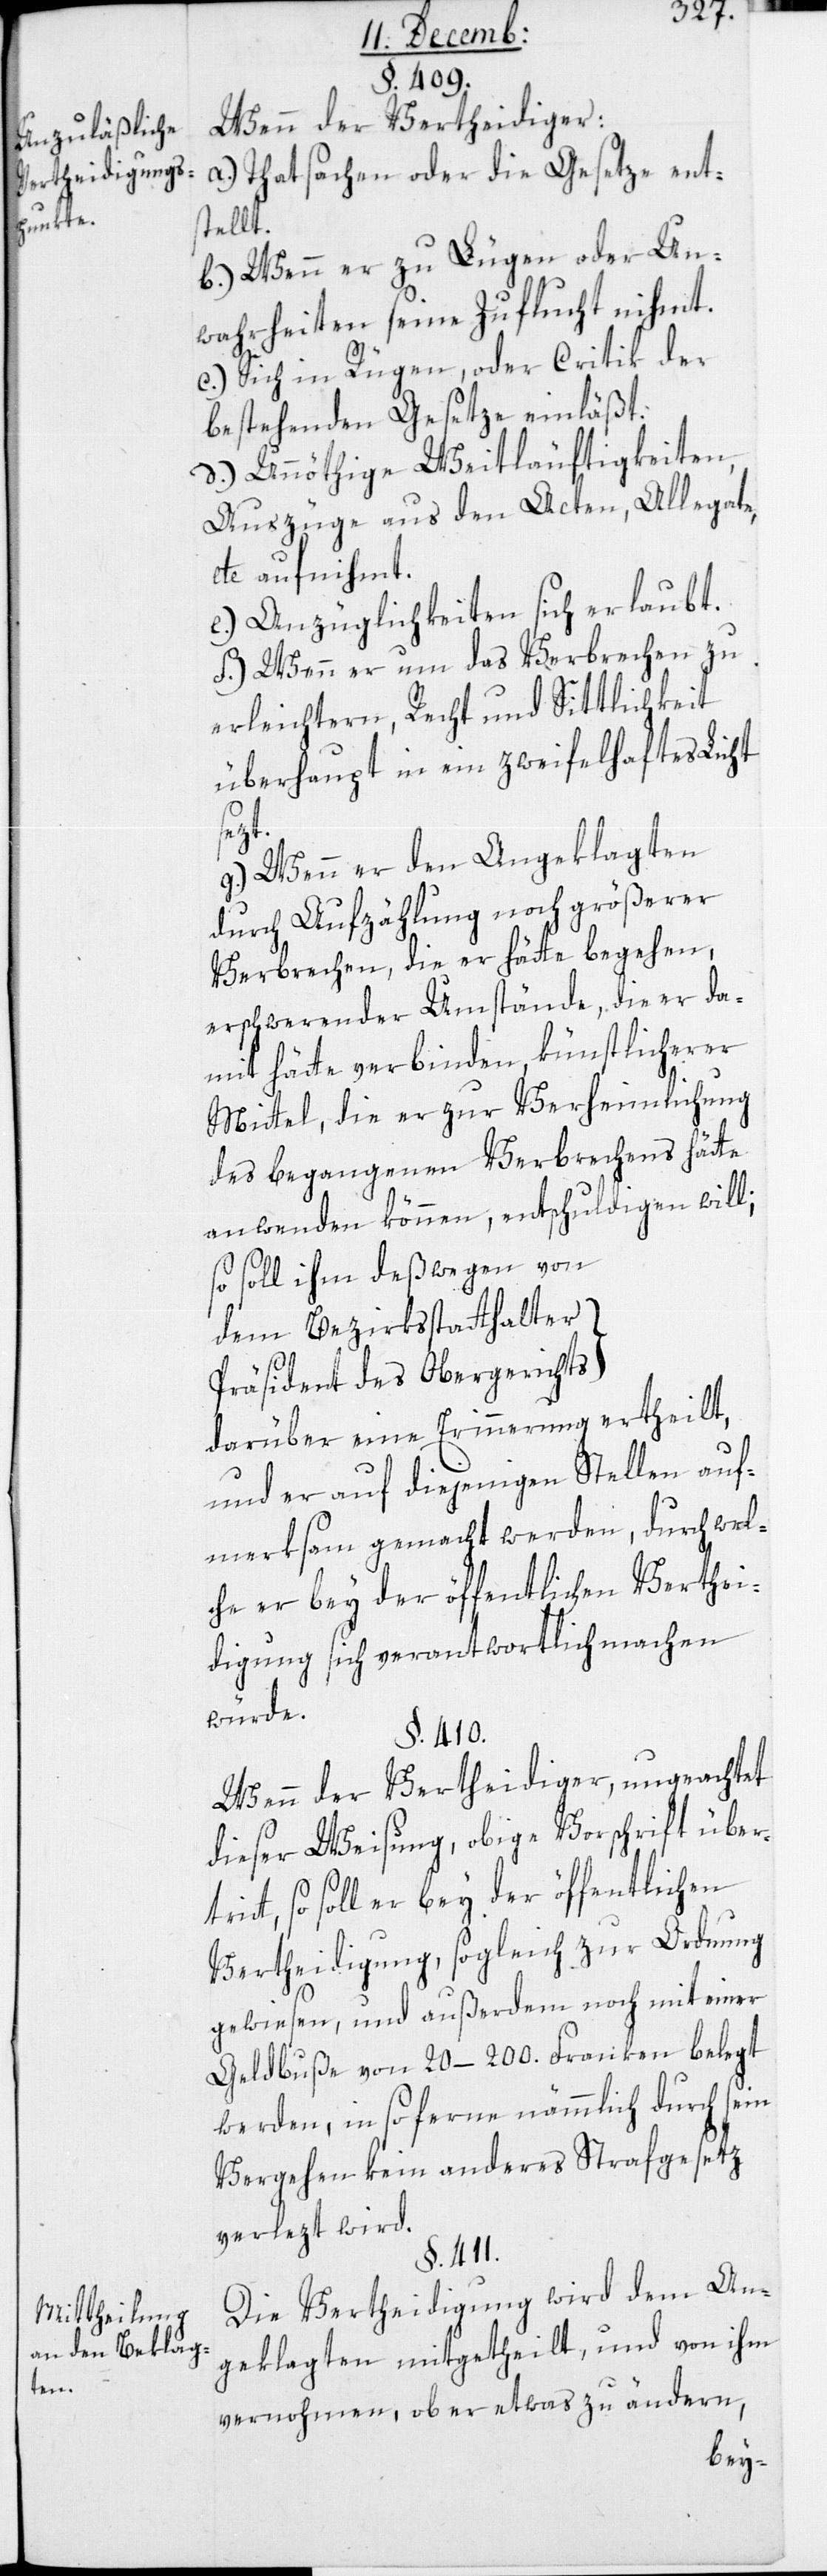
Unzuläßige
Vertheidigungs¬

Mittheilung
an den Beklag¬
ten.

§. 409.
Wenn der Verteidiger
a.) Thatsachen oder die Gesetze ent¬
stellt.
b.) Wenn er zu lügen oder Un¬
wahrheiten seine Zuflucht nihmt.
c.) Sich in Rügen oder Critik der
bestehenden Gesetze einläßt.
d.) Unnöthige Weitläuftigkeiten
Auszüge aus den Acten, Allegate
etc. aufnihmt.
e.) Anzüglichkeiten sich erlaubt.
f.) Wenn er um das Verbrechen zu
erleichtern, Recht und Sittlichkeit
überhaupt in ein zweifelhaftes Licht
trit¬
g.) Wenn er den Angeklagten
durch Aufzählung noch größerer
Verbrechen, die er hätte begehen,
erschwerender Umstände, die er da¬
mit hätte verbinden, künstlicherer
Mittel, die er zur Verheimlichung
des begangenen Verbrechens hätte
anwenden können, entschuldigen will;
so soll ihm deßwegen von
dem Bezirksstatthalter
Präsident des Obergerichts
darüber eine Erinnerung ertheilt,
und er auf diejenige Stellen auf¬
merksam gemacht werden, durch wel¬
che er bey der öffentlichen Verthei¬
digung sich verantwortlich machen
würde.
§. 410.
Wenn der Vertheidiger, ungeachtet
dieser Weisung, obige Vorschrift über¬
t, so soll er bey der öffentlichen
Vertheidigung sogleich zur Ordnung
gewiesen, und außerdem noch mit einer
Geldbuße von 20–200. Franken belegt
werden, in so ferne nämmlich durch sein
Vergehen kein anderes Strafgesetz
verlezt wird.
§. 411.
Die Vertheidigung wird dem An¬
geklagten mitgetheilt, und von ihm
vernohmen, ob er etwas zu ändern,